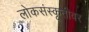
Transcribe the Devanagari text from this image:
लोकसंस्कृतीवर